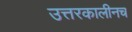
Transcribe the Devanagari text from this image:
उत्तरकालीनच